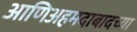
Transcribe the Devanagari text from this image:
आणिअहमदाबादच्या